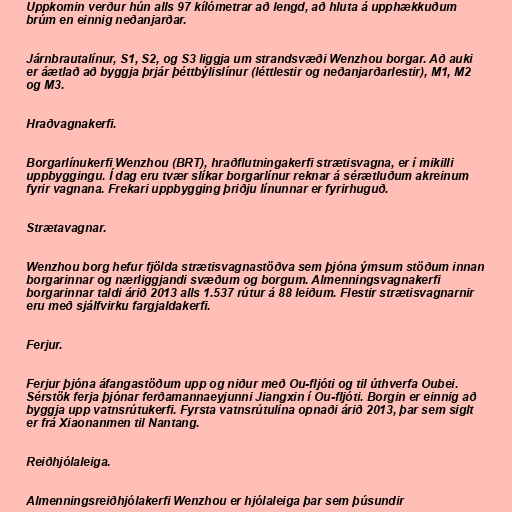
Uppkomin verður hún alls 97 kílómetrar að lengd, að hluta á upphækkuðum
brúm en einnig neðanjarðar.

Járnbrautalínur, S1, S2, og S3 liggja um strandsvæði Wenzhou borgar. Að auki
er áætlað að byggja þrjár þéttbýlislínur (léttlestir og neðanjarðarlestir), M1, M2
og M3.

Hraðvagnakerfi.

Borgarlínukerfi Wenzhou (BRT), hraðflutningakerfi strætisvagna, er í mikilli
uppbyggingu. Í dag eru tvær slíkar borgarlínur reknar á sérætluðum akreinum
fyrir vagnana. Frekari uppbygging þriðju línunnar er fyrirhuguð.

Strætavagnar.

Wenzhou borg hefur fjölda strætisvagnastöðva sem þjóna ýmsum stöðum innan
borgarinnar og nærliggjandi svæðum og borgum. Almenningsvagnakerfi
borgarinnar taldi árið 2013 alls 1.537 rútur á 88 leiðum. Flestir strætisvagnarnir
eru með sjálfvirku fargjaldakerfi.

Ferjur.

Ferjur þjóna áfangastöðum upp og niður með Ou-fljóti og til úthverfa Oubei.
Sérstök ferja þjónar ferðamannaeyjunni Jiangxin í Ou-fljóti. Borgin er einnig að
byggja upp vatnsrútukerfi. Fyrsta vatnsrútulína opnaði árið 2013, þar sem siglt
er frá Xiaonanmen til Nantang.

Reiðhjólaleiga.

Almenningsreiðhjólakerfi Wenzhou er hjólaleiga þar sem þúsundir